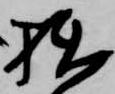
拙